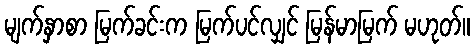
မျက်နှာစာ မြက်ခင်းက မြက်ပင်လျှင် မြန်မာမြက် မဟုတ်။